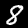
Label: 8